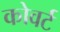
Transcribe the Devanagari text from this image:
कोवर्ट